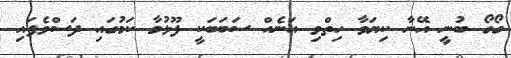
ގޯގޯ ބުނީ އޭނާ ކިޔަވާ ހިތްވި އަނެއް ސަބަބަކީ ފޫޅުމާ ކަމުގައި ދަސްވެފައި